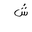
Letter: _shin